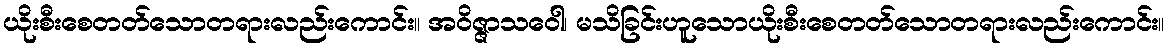
ယိုးစီးစေတတ်သောတရားလည်းကောင်း။ အဝိဇ္ဇာသဝေါ၊ မသိခြင်းဟူသောယိုးစီးစေတတ်သောတရားလည်းကောင်း။